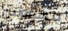
مهووس